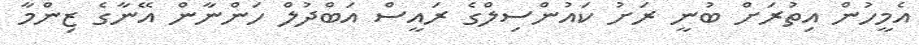
އެމީހުން އިތުރަށް ބުނީ ރަށު ކައުންސިލްގެ ރައީސް އަބްދުލް ހަންނާން އޭނާގެ ޒިންމާ